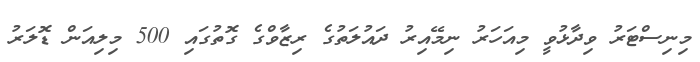
މިނިސްޓަރު ވިދާޅުވީ މިއަހަރު ނިމޭއިރު ދައުލަތުގެ ރިޒާވްގެ ގޮތުގައި 500 މިލިއަން ޑޮލަރު